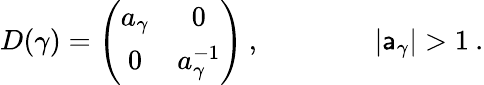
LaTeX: D(\gamma)=\left(\begin{array}{cc}{{a_{\gamma}}}&{{0}}\\ {{0}}&{{a_{\gamma}^{-1}}}\end{array}\right)\: ,\qquad\qquad|\mathsf{a}_{\gamma}|>1\: .